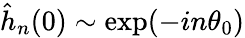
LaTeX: \hat{h}_{n}(0)\sim\mathrm{exp}(-in\theta_{0})